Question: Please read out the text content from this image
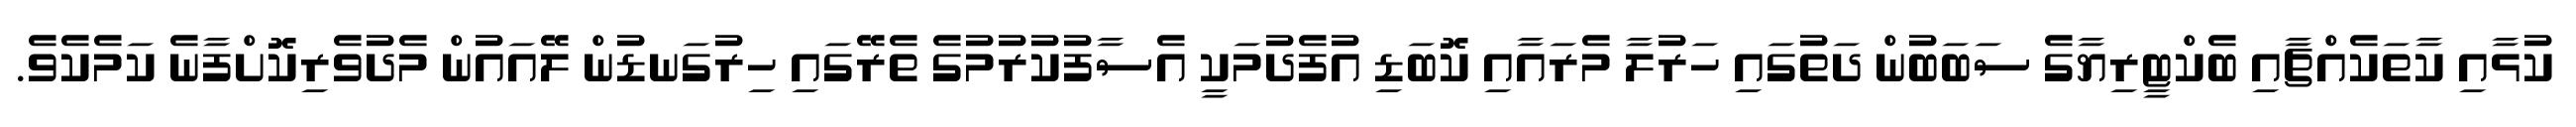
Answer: ކުޅާއި ކާތަކެއްޗާއި ބެކްޓީރިޔާގެ ސަބަބުން ދަތުގައި ހަރުލާ މެރައާއި ކޮބަޑި އުފެދުމަކީ އެސާފުކުރުމުގެ ތެރޭގައި ހިރުގަނޑުން ލޭއައުން މެދުވެރިކޮށްފާނެ ކަމެކެވެ.